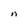
Character: n